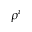
\rho ^ { i }